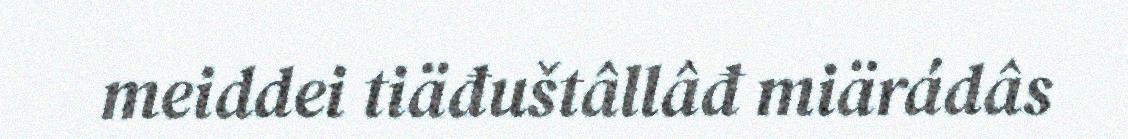
meiddei tiäđuštâllâđ miärádâs